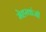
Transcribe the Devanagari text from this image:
मेहरवांजी